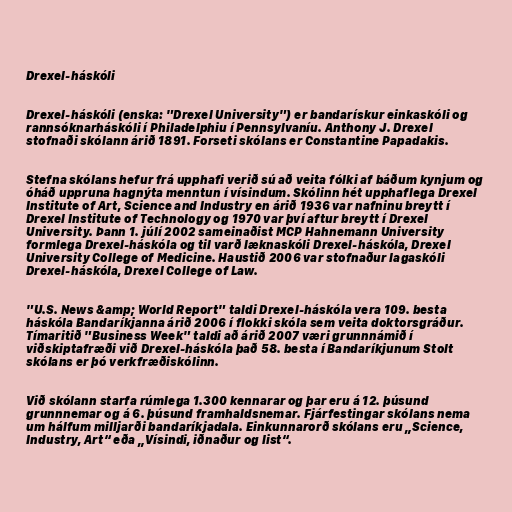
Drexel-háskóli

Drexel-háskóli (enska: "Drexel University") er bandarískur einkaskóli og
rannsóknarháskóli í Philadelphiu í Pennsylvaníu. Anthony J. Drexel
stofnaði skólann árið 1891. Forseti skólans er Constantine Papadakis.

Stefna skólans hefur frá upphafi verið sú að veita fólki af báðum kynjum og
óháð uppruna hagnýta menntun í vísindum. Skólinn hét upphaflega Drexel
Institute of Art, Science and Industry en árið 1936 var nafninu breytt í
Drexel Institute of Technology og 1970 var því aftur breytt í Drexel
University. Þann 1. júlí 2002 sameinaðist MCP Hahnemann University
formlega Drexel-háskóla og til varð læknaskóli Drexel-háskóla, Drexel
University College of Medicine. Haustið 2006 var stofnaður lagaskóli
Drexel-háskóla, Drexel College of Law.

"U.S. News &amp; World Report" taldi Drexel-háskóla vera 109. besta
háskóla Bandaríkjanna árið 2006 í flokki skóla sem veita doktorsgráður.
Tímaritið "Business Week" taldi að árið 2007 væri grunnnámið í
viðskiptafræði við Drexel-háskóla það 58. besta í Bandaríkjunum Stolt
skólans er þó verkfræðiskólinn.

Við skólann starfa rúmlega 1.300 kennarar og þar eru á 12. þúsund
grunnnemar og á 6. þúsund framhaldsnemar. Fjárfestingar skólans nema
um hálfum milljarði bandaríkjadala. Einkunnarorð skólans eru „Science,
Industry, Art“ eða „Vísindi, iðnaður og list“.